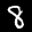
Label: 8